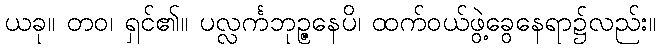
ယခု။ တဝ၊ ရှင်၏။ ပလ္လင်္ကဘုဉ္ဇနေပိ၊ ထက်ဝယ်ဖွဲ့ခွေနေရာ၌လည်း။